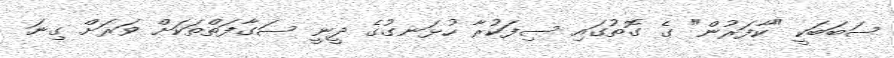
ސަބަބަކީ "ކާފަރުން" ގެ ގޮތުގައި ސިފަކުރާ ހުޅަނގުގެ ދީނީ ސަގާފަތްތަކަށް ވަރަށް ގިނަ